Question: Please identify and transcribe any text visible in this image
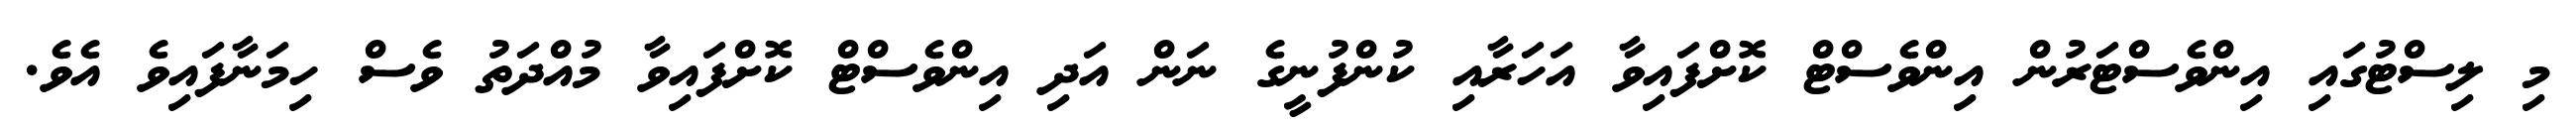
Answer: މި ލިސްޓުގައި އިންވެސްޓަރުން އިންވެސްޓް ކޮށްފައިވާ އަހަރާއި ކުންފުނީގެ ނަން އަދި އިންވެސްޓް ކޮށްފައިވާ މުއްދަތު ވެސް ހިމަނާފައިވެ އެވެ.